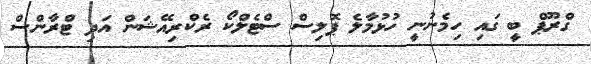
ގްރޫޕް ބީ ގައި ހިމެނުނީ ހުޅުމާލެ ޕޮލިސް ސްޓެލްކޯ ރެކްރިއޭޝަން އަދި ޓްރާންސް